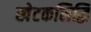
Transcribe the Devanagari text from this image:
खेटकसिद्धि